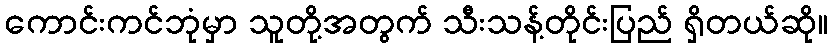
ကောင်းကင်ဘုံမှာ သူတို့အတွက် သီးသန့်တိုင်းပြည် ရှိတယ်ဆို။